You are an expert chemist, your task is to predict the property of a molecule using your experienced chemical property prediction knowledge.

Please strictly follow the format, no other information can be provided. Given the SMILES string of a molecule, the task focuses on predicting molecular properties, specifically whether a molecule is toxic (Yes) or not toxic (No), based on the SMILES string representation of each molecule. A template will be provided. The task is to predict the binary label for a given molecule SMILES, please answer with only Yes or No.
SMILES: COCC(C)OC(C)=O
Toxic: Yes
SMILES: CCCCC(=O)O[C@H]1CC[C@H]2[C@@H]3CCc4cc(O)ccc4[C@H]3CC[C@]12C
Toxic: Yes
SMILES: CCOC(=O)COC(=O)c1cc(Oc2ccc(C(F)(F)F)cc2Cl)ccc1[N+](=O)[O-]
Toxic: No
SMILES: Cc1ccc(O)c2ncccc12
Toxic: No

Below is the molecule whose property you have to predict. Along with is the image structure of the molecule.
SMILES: C=C(C)[C@H]1Cc2c(ccc3c2O[C@@H]2COc4cc(OC)c(OC)cc4[C@@H]2C3=O)O1
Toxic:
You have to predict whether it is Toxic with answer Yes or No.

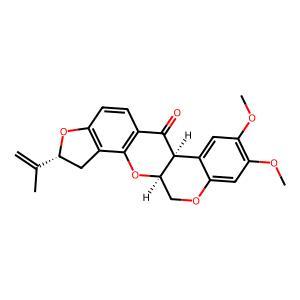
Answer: No